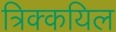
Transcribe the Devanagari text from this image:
त्रिक्कयिल